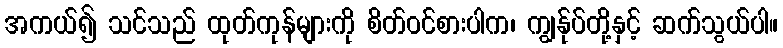
အကယ်၍ သင်သည် ထုတ်ကုန်များကို စိတ်ဝင်စားပါက၊ ကျွန်ုပ်တို့နှင့် ဆက်သွယ်ပါ။